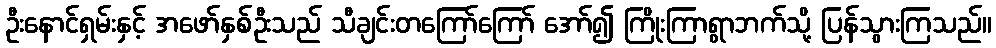
ဦးနောင်ရှမ်းနှင့် အဖော်နှစ်ဦးသည် သီချင်းတကြော်ကြော် အော်၍ ကြိုးကြာရွာဘက်သို့ ပြန်သွားကြသည်။